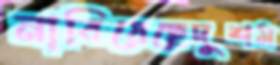
নাবিয়েছেদুশম